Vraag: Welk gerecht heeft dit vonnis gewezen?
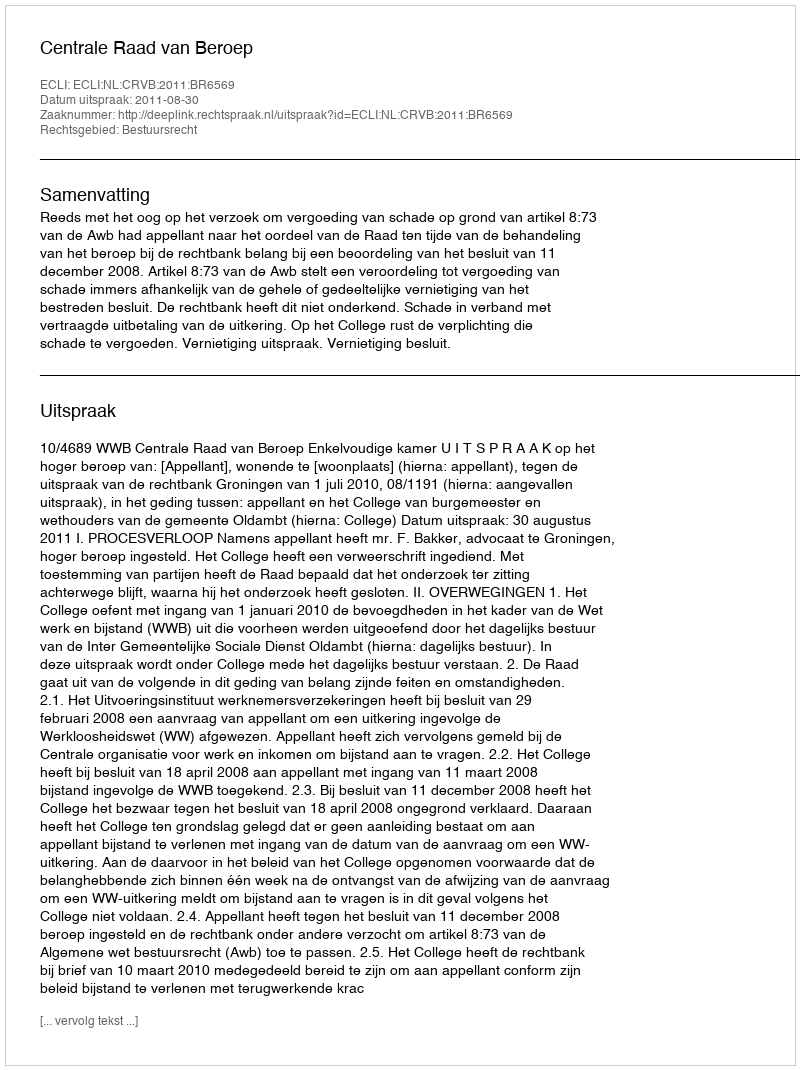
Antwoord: Centrale Raad van Beroep